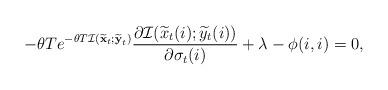
LaTeX: \begin{align*}-\theta Te^{-\theta T\mathcal{I}(\widetilde{\boldsymbol{\mathrm{x}}}_t;\widetilde{\boldsymbol{\mathrm{y}}}_t)}\frac{\partial\mathcal{I}(\widetilde{x}_t(i);\widetilde{y}_t(i))}{\partial\sigma_{t}(i)}+\lambda-\phi(i,i)=0,\end{align*}